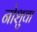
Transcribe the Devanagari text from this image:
नोशुवा